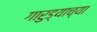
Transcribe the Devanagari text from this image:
गारुड्याच्या